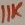
Text: 11K